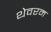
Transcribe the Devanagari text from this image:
थेवरम